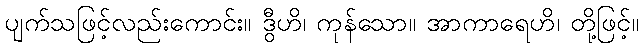
ပျက်သဖြင့်လည်းကောင်း။ ဒွီဟိ၊ ကုန်သော။ အာကာရေဟိ၊ တို့ဖြင့်။